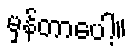
မှန်တာပေါ့။